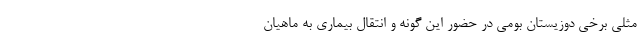
مثلی برخی دوزیستان بومی در حضور این گونه و انتقال بیماری به ماهیان